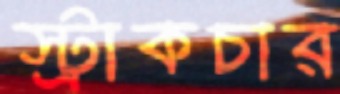
স্ট্রাকচার